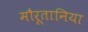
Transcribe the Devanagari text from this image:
मौरूतानिया